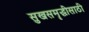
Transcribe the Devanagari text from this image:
सुखसमॄद्धीसाठी